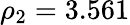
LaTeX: \rho_{2}=3.561